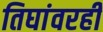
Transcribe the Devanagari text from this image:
तिघांवरही